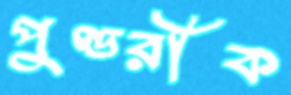
পুণ্ডরীক